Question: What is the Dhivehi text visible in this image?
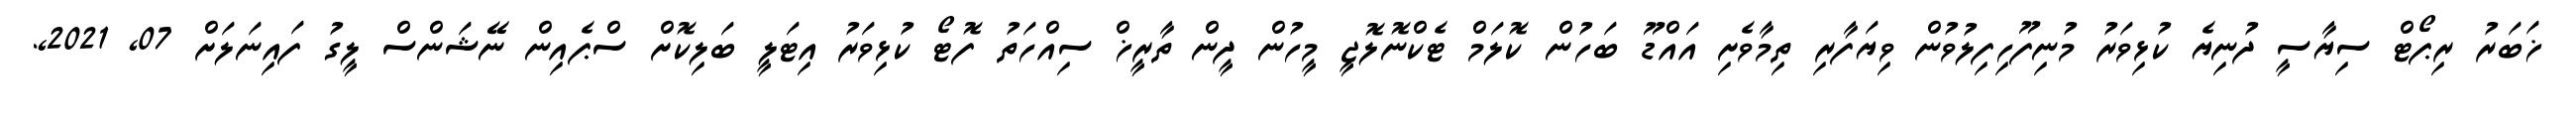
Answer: ޚަބަރު ރިޕޯޓް ސިޔާސީ ދުނިޔެ ކުޅިވަރު މުނިފޫހިފިލުވުން ވިޔަފާރި ތިމާވެށި އައްޑޫ ބަހުން ކޮލަމް ޓެކްނޮލޮޖީ މީހުން ދީން ތާރީޚް ސިއްހަތު ފޮޓޯ ކުޅިވަރު އިޓަލީ ބަލިކޮށް ސްޕެއިން ނޭޝަންސް ލީގު ފައިނަލަށް 07, 2021,.